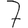
Digit: 7